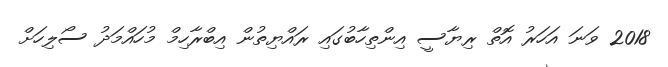
2018 ވަނަ އަހަރު އޮތް ރިޔާސީ އިންތިހާބުގައި ރައްޔިތުން އިބްރާހިމް މުހައްމަދު ސޯލިހަށް